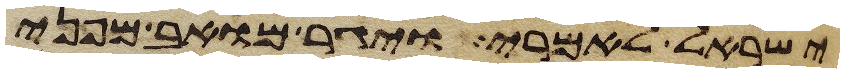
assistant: ישראל לאמרי ויגר מואב מפני